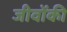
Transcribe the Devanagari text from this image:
जीवोंकी